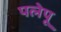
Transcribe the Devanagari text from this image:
पलेपू